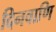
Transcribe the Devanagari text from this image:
दिनवाणि